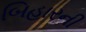
બિહારની